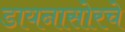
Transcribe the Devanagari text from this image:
डायनासोरचे